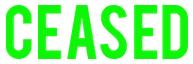
CEASED